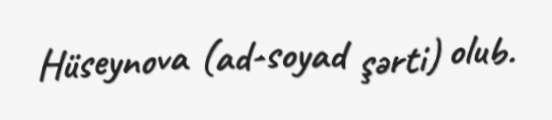
Hüseynova (ad-soyad şərti) olub.